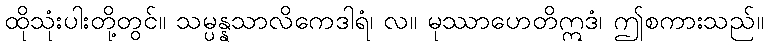
ထိုသုံးပါးတို့တွင်။ သမ္ပန္နသာလိကေဒါရံ၊ လ။ မုဿာဟေတိဣဒံ၊ ဤစကားသည်။